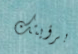
برؤيتك